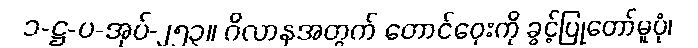
၁-ဋ္ဌ-ပ-အုပ်-၂၅၃။ ဂိလာနအတွက် တောင်ဝှေးကို ခွင့်ပြုတော်မူပုံ၊